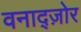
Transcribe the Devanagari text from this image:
वनाद्ज़ोर